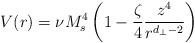
LaTeX: \begin{align*}V(r) = \nu M_s^4 \left( 1 - \frac{\zeta}{4} \frac{z^4}{r^{d_{\perp}-2}} \right)\end{align*}